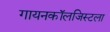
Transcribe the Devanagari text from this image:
गायनकॉलजिस्टला